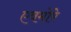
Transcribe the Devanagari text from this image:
एवमोरे